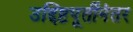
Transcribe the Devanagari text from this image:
उद्दिष्टपूर्तीनंतर